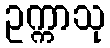
ဥက္ကာသု